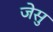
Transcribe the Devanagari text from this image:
जेसु